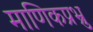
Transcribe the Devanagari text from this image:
माणिकप्रभ्रु